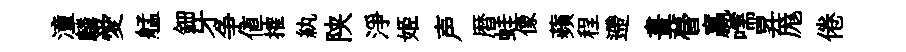
潼麟愛艋鈿牙争値搉紈陕淨姬声暦蛙像蘋程遰畫瞢贏嚅昇厖倦